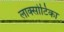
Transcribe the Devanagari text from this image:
लाक्सोटिका